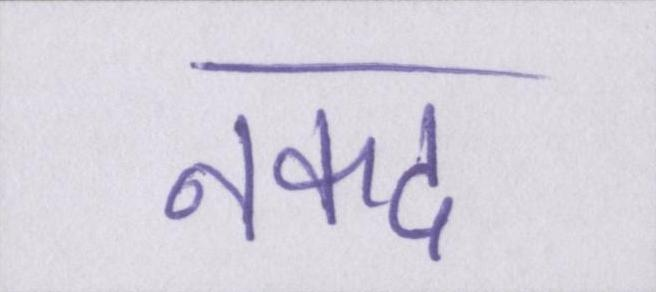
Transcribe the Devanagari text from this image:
नकद